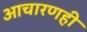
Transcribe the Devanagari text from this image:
आचारणही